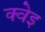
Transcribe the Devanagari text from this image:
क्वेइ